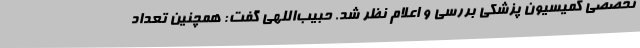
تخصصی کمیسیون پزشکی بررسی و اعلام نظر شد. حبیب‌اللهی گفت: همچنین تعداد